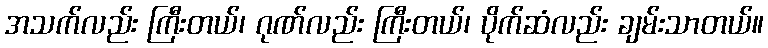
အသက်လည်း ကြီးတယ်၊ ဂုဏ်လည်း ကြီးတယ်၊ ပိုက်ဆံလည်း ချမ်းသာတယ်။